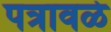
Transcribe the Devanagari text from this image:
पत्रावळे